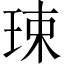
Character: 㻋